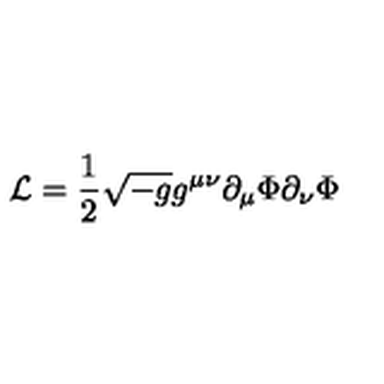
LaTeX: { \cal L } = { \frac { 1 } { 2 } } \sqrt { - g } g ^ { \mu \nu } \partial _ { \mu } \Phi \partial _ { \nu } \Phi